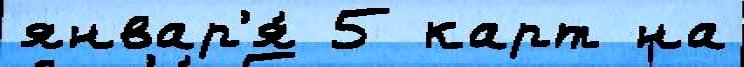
январ'я́ 5 карт на